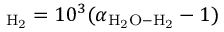
_ \mathrm { H _ { 2 } } = 1 0 ^ { 3 } ( \alpha _ { \mathrm { H _ { 2 } O - H _ { 2 } } } - 1 )